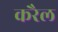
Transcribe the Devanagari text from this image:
करैल